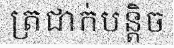
ត្រជាក់បន្តិច